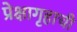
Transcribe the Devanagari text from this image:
प्रेक्षागृहाची